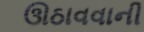
ઊઠાવવાની